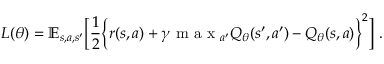
L ( \theta ) = \mathbb { E } _ { s , a , s ^ { \prime } } \bigg [ \frac { 1 } { 2 } \Big \lbrace r ( s , a ) + \gamma \mathrm { ~ m ~ a ~ x ~ } _ { a ^ { \prime } } Q _ { \theta } ( s ^ { \prime } , a ^ { \prime } ) - Q _ { \theta } ( s , a ) \Big \rbrace ^ { 2 } \bigg ] ~ .